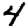
Digit: 4